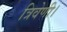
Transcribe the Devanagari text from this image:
त्रिवेणी।